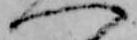
へ